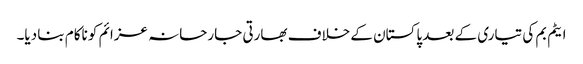
ایٹم بم کی تیاری کے بعد پاکستان کے خلاف بھارتی جارحانہ عزائم کو ناکام بنا دیا۔